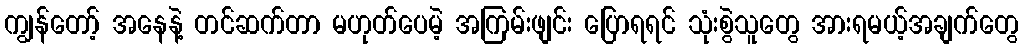
ကျွန်တော့် အနေနဲ့ တင်ဆက်တာ မဟုတ်ပေမဲ့ အကြမ်းဖျင်း ပြောရရင် သုံးစွဲသူတွေ အားရမယ့်အချက်တွေ